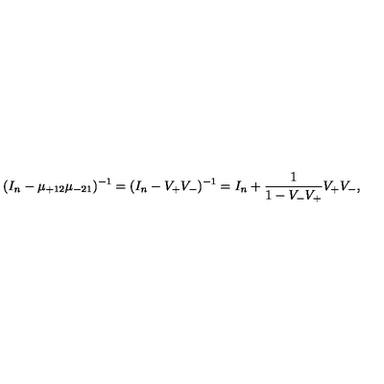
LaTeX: ( I _ { n } - \mu _ { + 1 2 } \mu _ { - 2 1 } ) ^ { - 1 } = ( I _ { n } - V _ { + } V _ { - } ) ^ { - 1 } = I _ { n } + \frac { 1 } { 1 - V _ { - } V _ { + } } V _ { + } V _ { - } ,